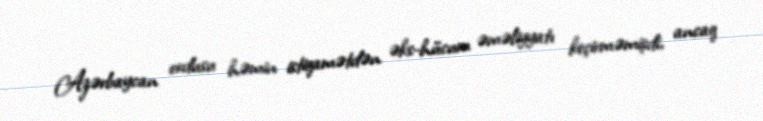
Azərbaycan ordusu həmin istiqamətdən əks-hücum əməliyyatı keçirməmişdi, ancaq